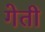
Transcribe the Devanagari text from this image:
गेती